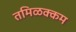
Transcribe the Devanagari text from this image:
तमिळक्कम